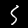
Digit: 5